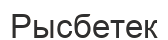
Рысбетек